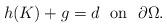
LaTeX: \begin{align*}h(K) + g=d \ \mbox{ on } \ \partial\Omega.\end{align*}